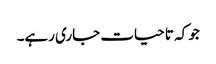
جو کہ تا حیات جاری رہے۔